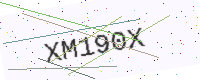
Text: XM190X